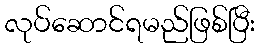
လုပ်ဆောင်ရမည်ဖြစ်ပြီး